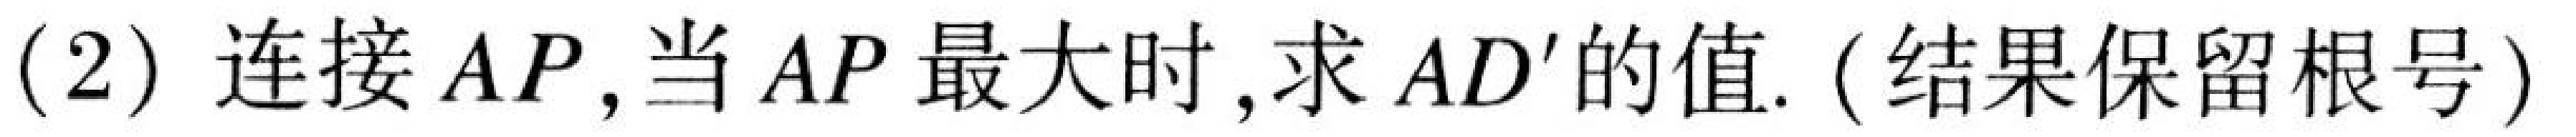
(2) 连接 \(AP\),当 \(AP\) 最大时,求 \(AD'\)的值.(结果保留根号)